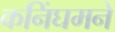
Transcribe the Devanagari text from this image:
कनिंघमने